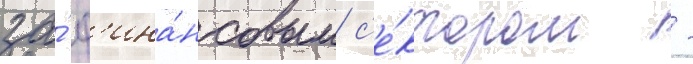
за́ ф'ина́нсовым с'е́ктором -